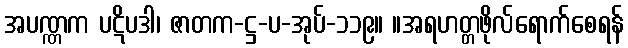
အပဏ္ဏက ပဋိပဒါ၊ ဇာတက-ဋ္ဌ-ပ-အုပ်-၁၁၉။ ။အရဟတ္တဖိုလ်ရောက်စေရန်